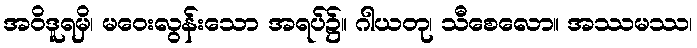
အဝိဒူရမှိ၊ မဝေးလွန်းသော အရပ်၌။ ဂါယတု၊ သီစေလော။ အဿမဿ၊